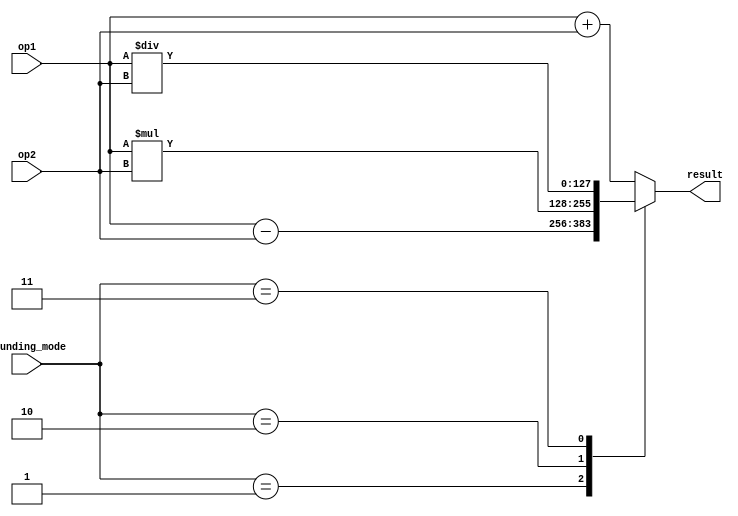
module extended_precision_fpu (
    input wire [127:0] op1,
    input wire [127:0] op2,
    input wire [3:0] rounding_mode,
    output reg [127:0] result
);

// Adder block
reg [127:0] sum;
always @ (*) begin
    sum = op1 + op2;
end

// Subtractor block
reg [127:0] difference;
always @ (*) begin
    difference = op1 - op2;
end

// Multiplier block
reg [127:0] product;
always @ (*) begin
    product = op1 * op2;
end

// Divider block
reg [127:0] quotient;
always @ (*) begin
    quotient = op1 / op2;
end

// Rounding logic
always @ (*) begin
    case (rounding_mode)
        4'b0000: result = sum;
        4'b0001: result = difference;
        4'b0010: result = product;
        4'b0011: result = quotient;
        // Add more rounding modes as needed
        default: result = sum; // Default to sum
    endcase
end

endmodule